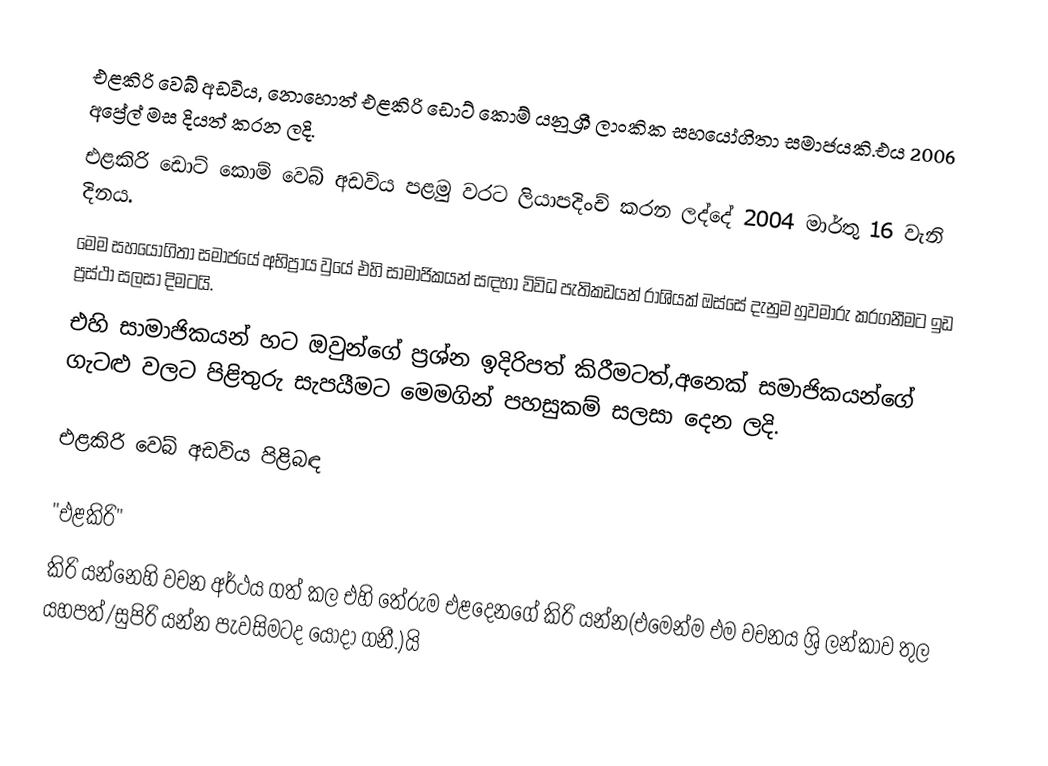
එළකිරි වෙබ් අඩවිය, නොහොත් එළකිරි ඩොට් කොම් යනු ශ්‍රී ලාංකික සහයෝගිතා සමාජයකි.එය 2006 අප්‍රේල් මස දියත් කරන ලදි.
එළකිරි ඩොට් කොම් වෙබ් අඩවිය පළමු වරට ලියාපදිංච් කරන ලද්දේ 2004 මාර්තු 16 වැනි දිනය.
මෙම සහයෝගිතා සමාජයේ අභිප්‍රාය වුයේ එහි සාමාජිකයන් සඳහා විවිධ පැතිකඩයන් රාශියක් ඔස්සේ දැනුම හුවමාරු කරගනීමට ඉඩ ප්‍රස්ථා සලසා දිමටයි.
එහි සාමාජිකයන් හට ඔවුන්ගේ ප්‍රශ්න ඉදිරිපත් කිරීමටත්,අනෙක් සමාජිකයන්ගේ ගැටළු වලට පිළිතුරු සැපයීමට මෙමගින් පහසුකම් සලසා දෙන ලදි.

එළකිරි වෙබ් අඩවිය පිළිබඳ

"එළකිරි"
කිරි යන්නෙහි වචන අර්ථය ගත් කල එහි තේරුම එළදෙනගේ කිරි යන්න(එමෙන්ම එම වචනය ශ්‍රි ලන්කාව තුල යහපත්/සුපිරි යන්න පැවසිමටද යොදා ගනී.)යි